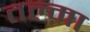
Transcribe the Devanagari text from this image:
तल्मा